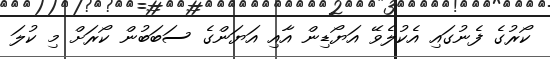
ކޯރުގެ ފެނުގައި އެކުލެވޭ އަޔޯޑިން އާއި އަޔަންގެ ސަބަބުން ކޯރަށް މި ކުލަ